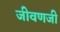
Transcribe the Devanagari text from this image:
जीवणजी